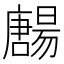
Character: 𡃯